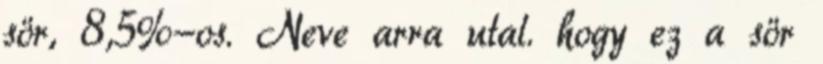
sör, 8,5%-os. Neve arra utal. hogy ez a sör